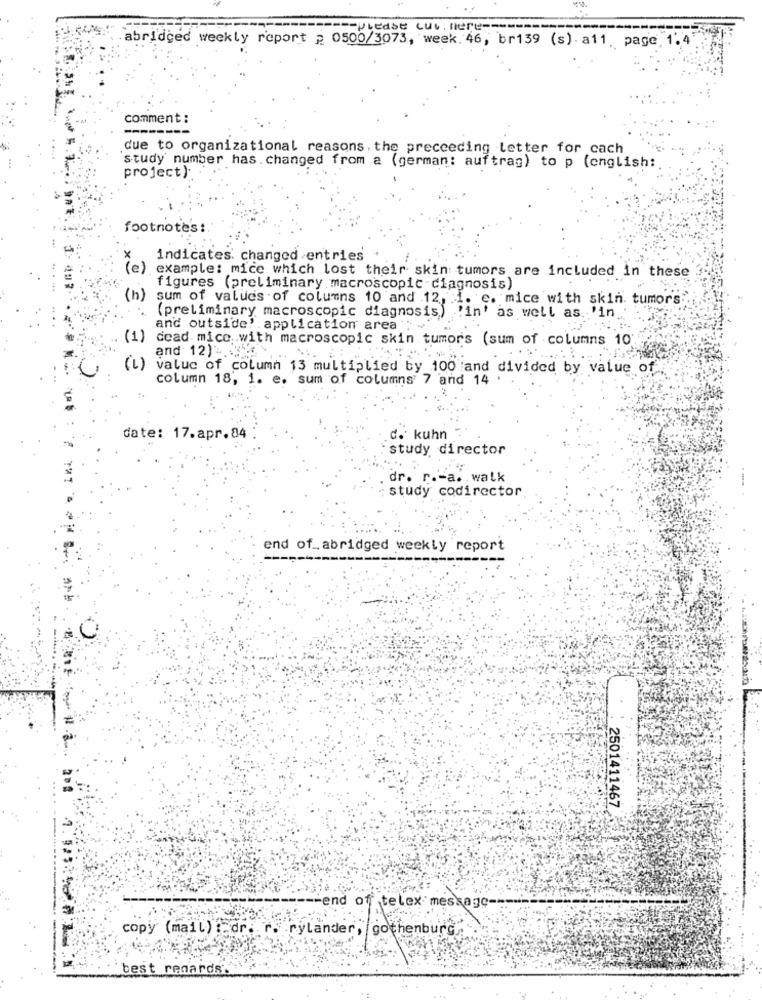
please cul here ----
-----
abridged weekly report p 0500/3073, week. 46, br139 (s). a11. page, 1".
comment :
due to organizational reasons. the preceeding letter for cach
study number has. changed from a (german: auftrag) to p (english:
project)
footnotes :
indicates changed entries
(e)
example: mice which lost their skin tumors are included in these
figures (preliminary macroscopic diagnosis)
(h)
sum of values of columns 10 and 12, i. e. mice with skin. tumors:
(preliminary macroscopic diagnosis) 'in' as well as. 'in
and outside! application area : "
(1)
dead mice .. with macroscopic skin tumor's (sum of columns 10"
and 12) -...
(L)
valuc of column 13 multiplied by 100 and divided by value of
column 18, i. e. sum of columns 7 and 14
date: 17.apr.84
d. kuhn
study director
dr. r .- a. walk
study codirector
end of , abridged weekly report
0
2501411467
-end of telex message-
copy (mail) : dr. r. rylander, gothenburg
best regards